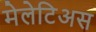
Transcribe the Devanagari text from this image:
मेलेटिअस